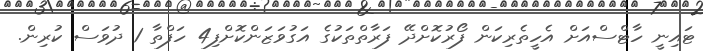
ޓައިނީ ހާޓްސްއަށް އެހީތެރިކަން ފޯރުކޮށްދޭ ފަރާތްތަކުގެ އަގުވަޒަންކޮށްފި4 ހަފްތާ 1 ދުވަސް ކުރިން.